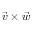
{ \vec { v } } \times { \vec { w } }